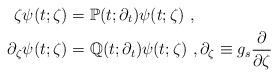
LaTeX: \begin{align*}\zeta \psi(t;\zeta)&=\mathbb{P}(t;\partial_t)\psi(t;\zeta)\ ,\\\partial_\zeta\psi(t;\zeta)&=\mathbb{Q}(t;\partial_t)\psi(t;\zeta)\ ,\partial_\zeta\equiv g_s\frac{\partial}{\partial \zeta}\end{align*}